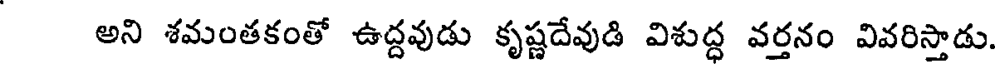
అని శమంతకంతో ఉద్దవుడు కృష్ణదేవుడి విశుద్ద వర్తనం వివరిస్తాడు.